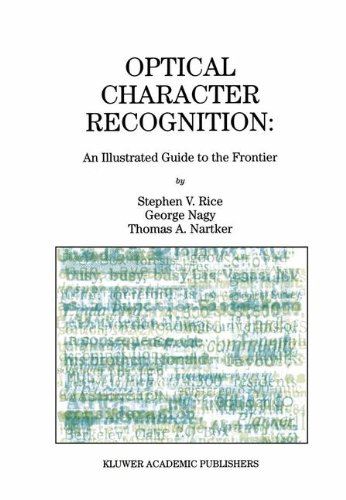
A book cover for Optical Character Recognition: An Illustrated Guide to the Frontier (The Springer International Series in Engineering and Computer Science); Stephen V. Rice; Computers & Technology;